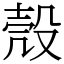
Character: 殼